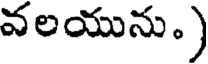
వలయును.)